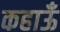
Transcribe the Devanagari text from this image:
कहाऊँ